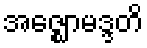
အဇ္ဈောမဒ္ဒတိ